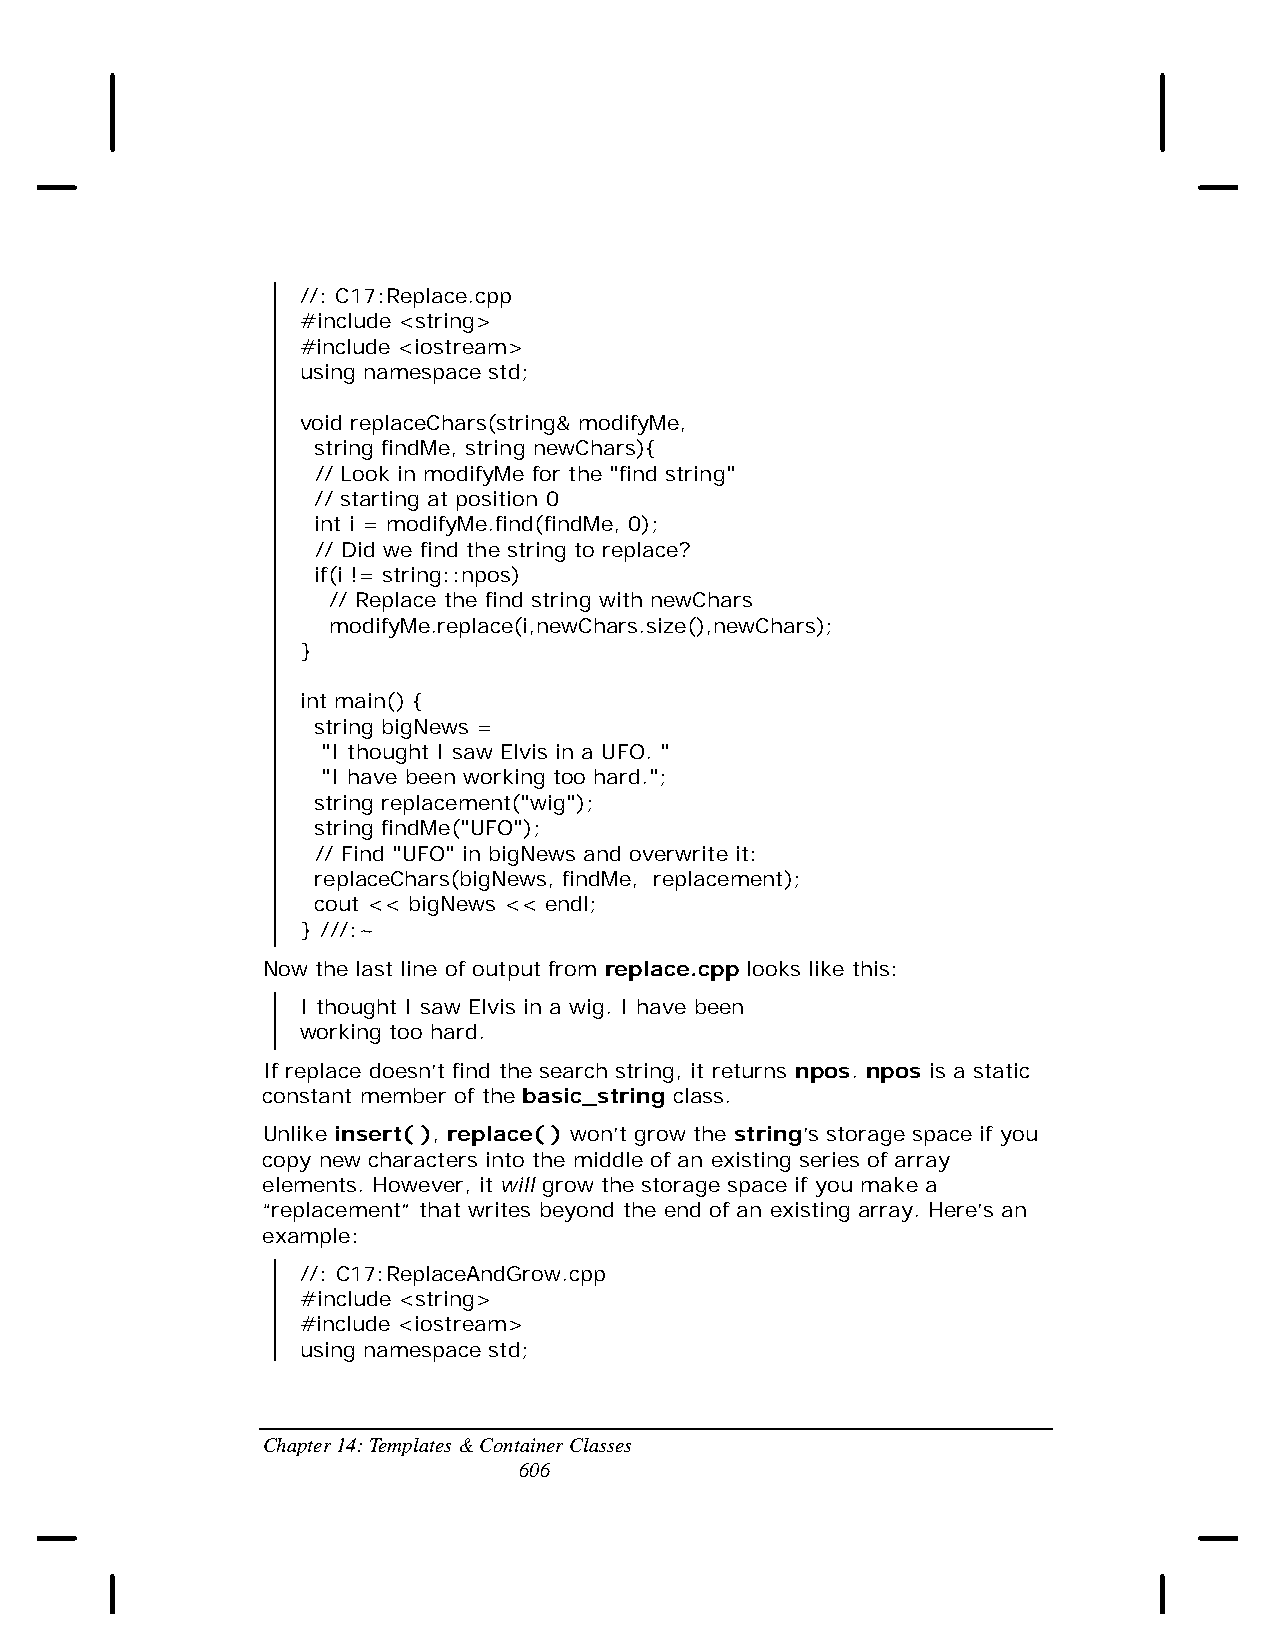
//: C17:Replace.cpp
 #include <string>
 #include <iostream>
 using namespace std;
 void replaceChars(string& modifyMe,
 string findMe, string newChars){
 // Look in modifyMe for the "find string"
 // starting at position 0
 int i = modifyMe.find(findMe, 0);
 // Did we find the string to replace?
 if(i != string::npos)
 // Replace the find string with newChars
 modifyMe.replace(i,newChars.size(),newChars);
 }
 int main() {
 string bigNews =
 "I thought I saw Elvis in a UFO. "
 "I have been working too hard.";
 string replacement("wig");
 string findMe("UFO");
 // Find "UFO" in bigNews and overwrite it:
 replaceChars(bigNews, findMe, replacement);
 cout << bigNews << endl;
 } ///:~
 Now the last line of output from replace.cpp looks like this:
 I thought I saw Elvis in a wig. I have been
 working too hard.
 If replace doesn’t find the search string, it returns npos. npos is a static
 constant member of the basic_string class.
 Unlike insert( ), replace( ) won’t grow the string’s storage space if you
 copy new characters into the middle of an existing series of array
 elements. However, it will grow the storage space if you make a
 “replacement” that writes beyond the end of an existing array. Here’s an
 example:
 //: C17:ReplaceAndGrow.cpp
 #include <string>
 #include <iostream>
 using namespace std;
 Chapter 14: Templates & Container Classes
 606